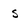
Character: S